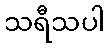
သရီသပါ